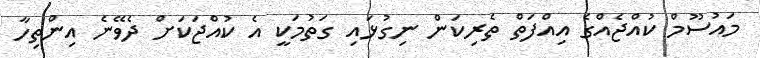
މައުސޫމް ކުއްޖެއްގެ އިއްފަތް ތެރިކަން ނިގުޅައި ގަތުމަކީ އެ ކުއްޖަކަށް ދެވޭނެ އިންތިހާ